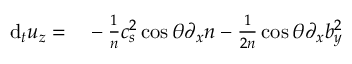
\begin{array} { r l } { \mathrm { d } _ { t } u _ { z } = } & { { } - \frac { 1 } { n } c _ { s } ^ { 2 } \cos \theta \partial _ { x } n - \frac { 1 } { 2 n } \cos \theta \partial _ { x } b _ { y } ^ { 2 } } \end{array}